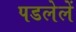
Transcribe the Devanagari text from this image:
पडलेलें